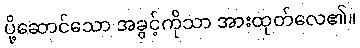
ပို့ဆောင်သော အခွင့်ကိုသာ အားထုတ်လေ၏။